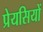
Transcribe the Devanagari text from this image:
प्रेयसियों